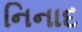
નિનાદ